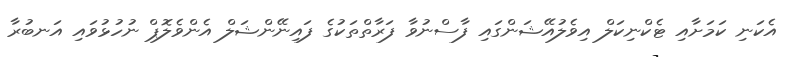
އެކަނި ކަމަށާއި ޓެކްނިކަލް އިވެލުއޭޝަންގައި ފާސްނުވާ ފަރާތްތަކުގެ ފައިނޭންޝަލް އެންވެލޮޕް ނުހުޅުވައި އަނބުރާ